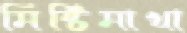
মিষ্টিমাখা